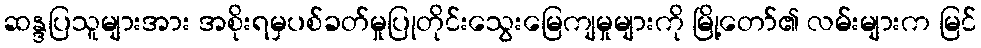
ဆန္ဒပြသူများအား အစိုးရမှပစ်ခတ်မှုပြုတိုင်းသွေးမြေကျမှုများကို မြို့တော်၏ လမ်းများက မြင်